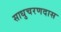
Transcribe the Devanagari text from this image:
साधुचरणदास